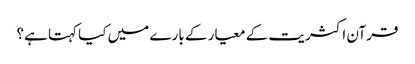
قرآن اکثریت کے معیار کے بارے میں کیا کہتا ہے؟